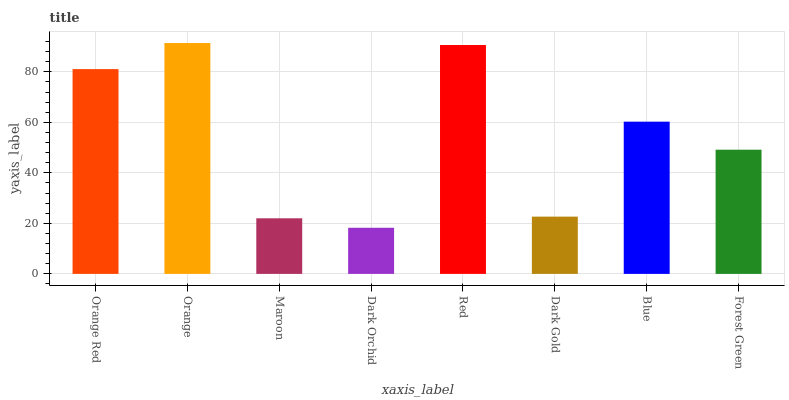
| xaxis_label | bars |
 | --- | --- |
 | Orange Red | 81.1 |
 | Orange | 91.4 |
 | Maroon | 22 |
 | Dark Orchid | 18.3 |
 | Red | 90.6 |
 | Dark Gold | 22.7 |
 | Blue | 60.3 |
 | Forest Green | 49.2 |